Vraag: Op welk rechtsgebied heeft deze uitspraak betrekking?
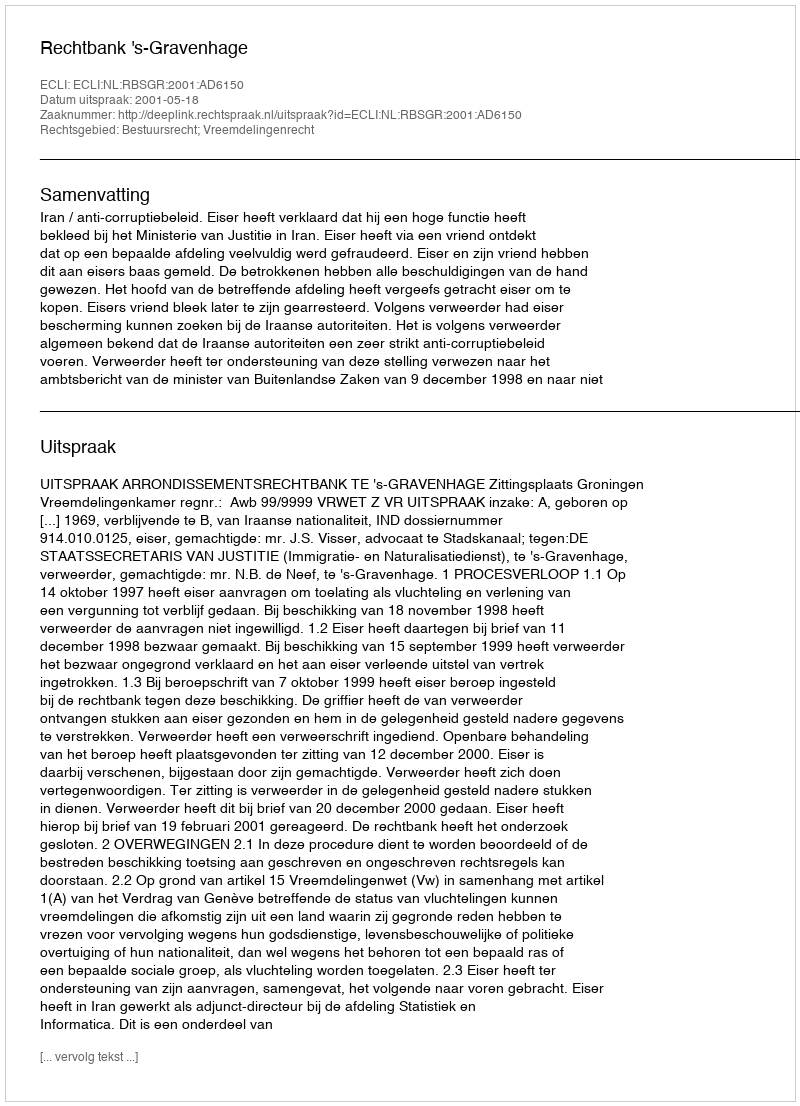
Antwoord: Bestuursrecht; Vreemdelingenrecht